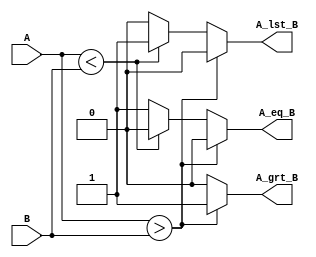

module comparator16bit(A, B, A_grt_B, A_eq_B, A_lst_B);

input       [15:0]          A, B;
output                      A_grt_B, A_eq_B, A_lst_B;

reg                         A_grt_B_buf, A_eq_B_buf, A_lst_B_buf;
always@(*) begin
    A_grt_B_buf = 0;
    A_lst_B_buf = 0;
    A_eq_B_buf = 0;
    if(A>B)         A_grt_B_buf = 1;
    else if (A<B)   A_lst_B_buf = 1;
    else            A_eq_B_buf = 1;
end

assign A_grt_B = A_grt_B_buf;
assign A_lst_B = A_lst_B_buf;
assign A_eq_B = A_eq_B_buf;

endmodule